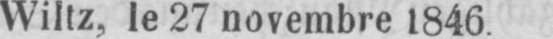
Wiltz, le 27 novembre 1846.